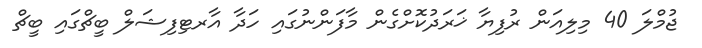
ޖުމްލަ 40 މިލިއަން ރުފިޔާ ޚަރަދުކޮށްގެން މާފަންނުގައި ހަދާ އާރޓިފިޝަލް ބީޗްގައި ބީޗް